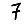
Digit: 7